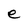
Character: e